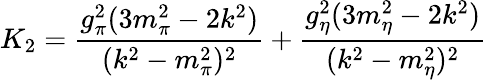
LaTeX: K_{2}=\frac{g_{\pi}^{2}(3m_{\pi}^{2}-2k^{2})}{(k^{2}-m_{\pi}^{2})^{2}}+\frac{g_{\eta}^{2}(3m_{\eta}^{2}-2k^{2})}{(k^{2}-m_{\eta}^{2})^{2}}